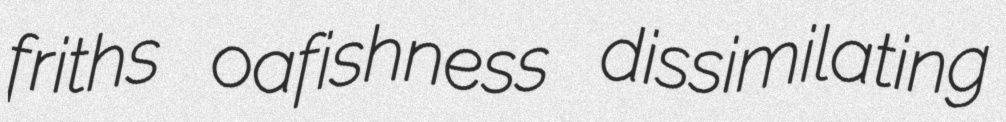
friths oafishness dissimilating